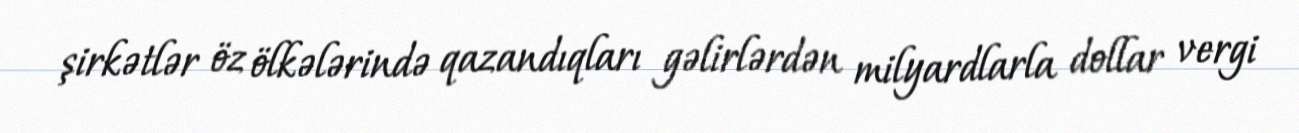
şirkətlər öz ölkələrində qazandıqları gəlirlərdən milyardlarla dollar vergi